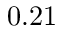
0 . 2 1